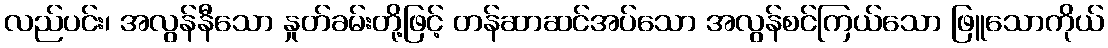
လည်ပင်း၊ အလွန်နီသော နှုတ်ခမ်းတို့ဖြင့် တန်ဆာဆင်အပ်သော အလွန်စင်ကြယ်သော ဖြူသောကိုယ်